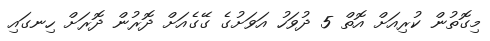
މިގޮތުން ކުރިއަށް އޮތް 5 ދުވަހު އަވަށުގެ ގޭގެއަށް ދޮރުން ދޮރަށް ހިނގައި